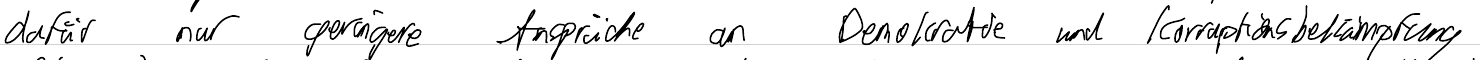
dafür nur geringere Ansprüche an Demokratie und Korruptionsbekämpfung